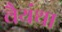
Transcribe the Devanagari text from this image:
वैयंथा